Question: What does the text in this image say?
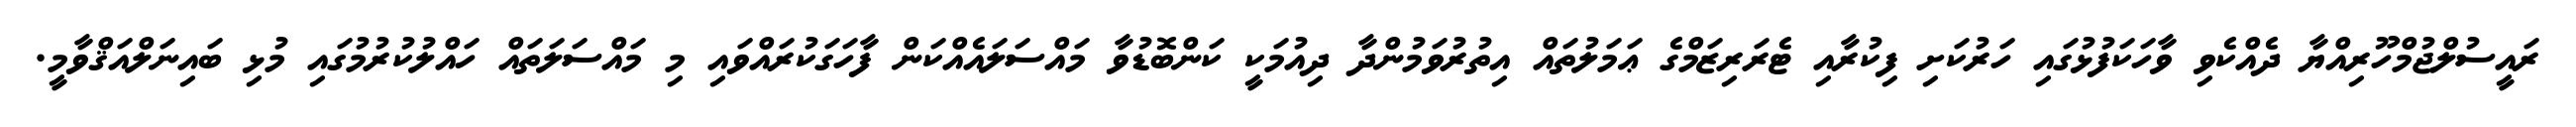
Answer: ރައީސުލްޖުމްހޫރިއްޔާ ދެއްކެވި ވާހަކަފުޅުގައި ހަރުކަށި ފިކުރާއި ޓެރަރިޒަމްގެ ޢަމަލުތައް އިތުރުވަމުންދާ ދިއުމަކީ ކަންބޮޑުވާ މައްސަލައެއްކަން ފާހަގަކުރައްވައި މި މައްސަލަތައް ހައްލުކުރުމުގައި މުޅި ބައިނަލްއަޤްވާމީ.